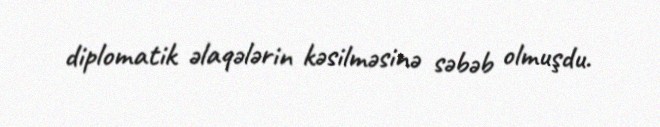
diplomatik əlaqələrin kəsilməsinə səbəb olmuşdu.